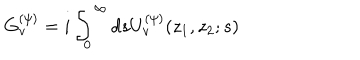
G _ { v } ^ { ( \psi ) } = i \int _ { 0 } ^ { \infty } d s U _ { v } ^ { ( \psi ) } ( z _ { 1 } , z _ { 2 } ; s )